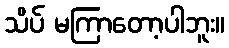
သိပ် မကြာတော့ပါဘူး။